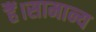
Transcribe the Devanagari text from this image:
हैं।सामान्य